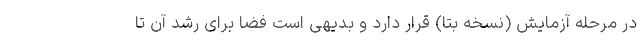
در مرحله آزمایش (نسخه بتا) قرار دارد و بدیهی است فضا برای رشد آن تا